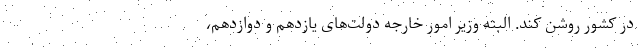
در کشور روشن کند. البته وزیر امور خارجه دولت‌های یازدهم و دوازدهم،